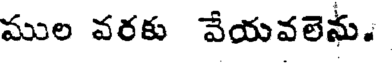
ముల వరకు వేయవలెను.